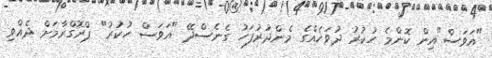
"އަވަސް"އިން ކޮންމެ ހުކުރު ދުވަހެއްގެ މެންދުރުފަހު ގެނެސްދޭ "އަވަސް ހުކުރު" ޕްރޮގްރާމަށް ދެއްވި